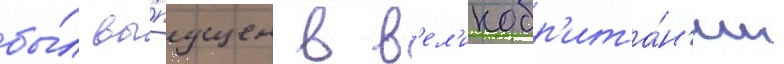
бы́л вы́пущен в в'ел'икобр'ита́н'ии